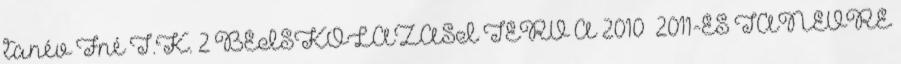
tanév Fné T.K. 2 BEISKOLÁZÁSI TERV A 2010 2011-ES TANÉVRE